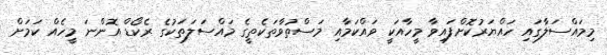
މިމައްސަލާގައި ހައްޔަރުކޮށްފައިވާ މީހާއަކީ ވައްކަމާއި މަސްތުވާތަކެތީގެ މައްސަލަތަކުގެ ރެކޯޑް އޮންނަ މީހެއް ކަމަށް